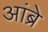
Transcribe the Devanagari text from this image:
आंब्रे